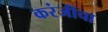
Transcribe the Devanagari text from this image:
करंजीचा